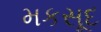
મકસૂદ